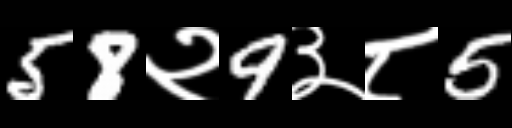
Text: 58२9३८5